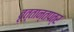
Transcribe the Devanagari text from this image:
वृत्तान्तपत्र